Proceedings of the meeting of veterinary officers in India
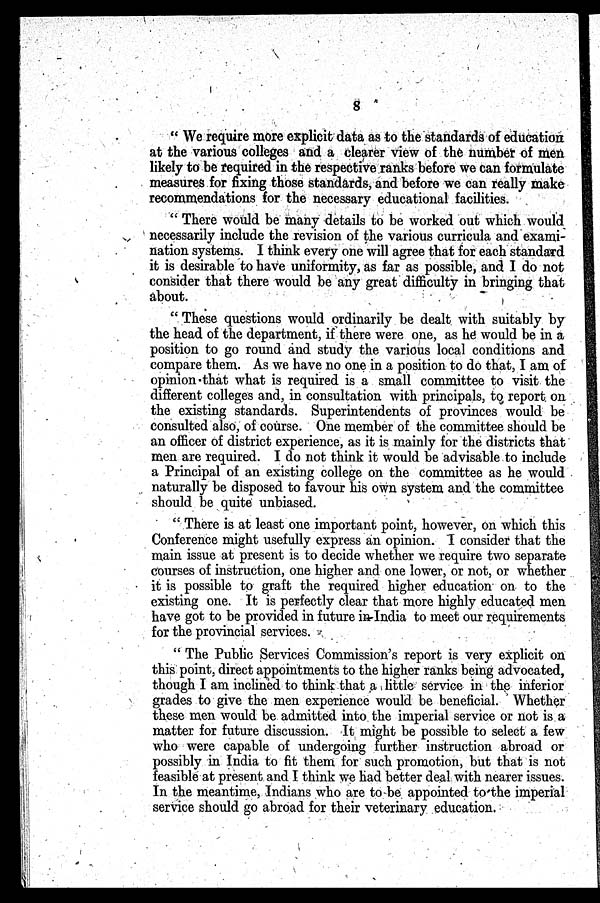
8
" We require more explicit data as to the standards of education
at the various colleges and a clearer view of the number of men
likely to be required in the respective ranks before we can formulate
measures for fixing those standards, and before we can really make
recommendations for the necessary educational facilities.
" There would be many details to be worked out which would
necessarily include the revision of the various curricula and exami-
nation systems. I think every one will agree that for each standard
it is desirable to have uniformity, as far as possible, and I do not
consider that there would be any great difficulty in bringing that
about.
" These questions would ordinarily be dealt with suitably by
the head of the department, if there were one, as he would be in a
position to go round and study the various local conditions and
compare them. As we have no one in a position to do that, I am of
opinion that what is required is a small committee to visit the
different colleges and, in consultation with principals, to report on
the existing standards. Superintendents of provinces would be
consulted also, of course. One member of the committee should be
an officer of district experience, as it is mainly for the districts that
men are required. I do not think it would be advisable to include
a Principal of an existing college on the committee as he would
naturally be disposed to favour his own system and the committee
should be quite unbiased.
" There is at least one important point, however, on which this
Conference might usefully express an opinion. I consider that the
main issue at present is to decide whether we require two separate
courses of instruction, one higher and one lower, or not, or whether
it is possible to graft the required higher education on to the
existing one. It is perfectly clear that more highly educated men
have got to be provided in future in India to meet our requirements
for the provincial services.
" The Public Services Commission's report is very explicit on
this point, direct appointments to the higher ranks being advocated,
though I am inclined to think that a little service in the inferior
grades to give the men experience would be beneficial. Whether
these men would be admitted into the imperial service or not is a
matter for future discussion. It might be possible to select a few
who were capable of undergoing further instruction abroad or
possibly in India to fit them for such promotion, but that is not
feasible at present and I think we had better deal with nearer issues.
In the meantime, Indians who are to be appointed to the imperial
service should go abroad for their veterinary education.